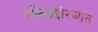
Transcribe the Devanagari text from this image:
रफिउद्दोरजात